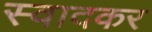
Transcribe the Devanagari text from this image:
स्वादकर